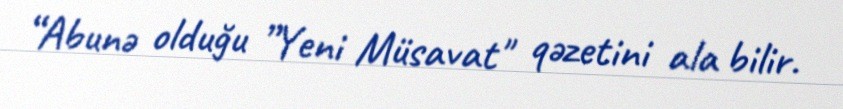
“Abunə olduğu ”Yeni Müsavat" qəzetini ala bilir.